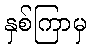
နှစ်ကြာမှ